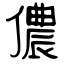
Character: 儂